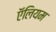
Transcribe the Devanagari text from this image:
ऍलियम